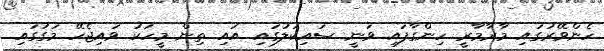
ހެންވޭރުގައި މާރާމާރީ ހިންގާފައި ވަނީ ސައިކަލުގައި އައި ތިން މީހަކު ވައިޖެހޭ މަގުގައި